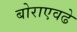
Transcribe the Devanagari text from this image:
बोराएवढे